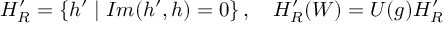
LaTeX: H _ { R } ^ { \prime } = \left\{ h ^ { \prime } \mid I m ( h ^ { \prime } , h ) = 0 \right\} , \quad H _ { R } ^ { \prime } ( W ) = U ( g ) H _ { R } ^ { \prime }